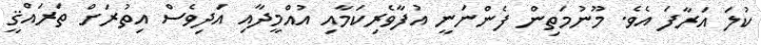
ކުލަ އަރާފަ އެވެ. މޫނުމަތިން ފެންނަނީ އުފާވެރިކަމާއި އުއްމީދާއި އަދިވެސް އިތުރަށް ތަރައްޤީ